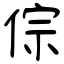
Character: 倧